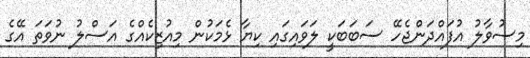
މިސުވާލު އުފައްދަންޖެހޭ ސަބަބަކީ ލަވައިގައި ކިޔާ ޅެމަކުން މިއުޒިކެއްގެ އަސްލު ނުވަތަ އޭގެ